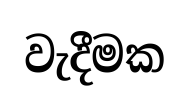
වැදීමක